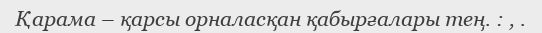
Қарама – қарсы орналасқан қабырғалары тең. : , .